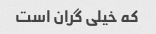
که خیلی گران است